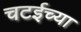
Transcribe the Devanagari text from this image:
चटईच्या